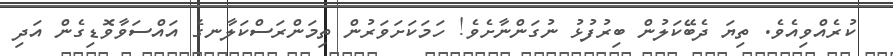
ކުރެއްވިއެވެ. ތިޔަ ދެބޭކަލުން ބިރުފުޅު ނުގަންނާށެވެ! ހަމަކަށަވަރުން ތިމަންރަސްކަލާނގެ އައްސަވާވޮޑިގެން އަދި